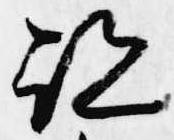
跡